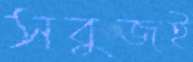
সবুজই